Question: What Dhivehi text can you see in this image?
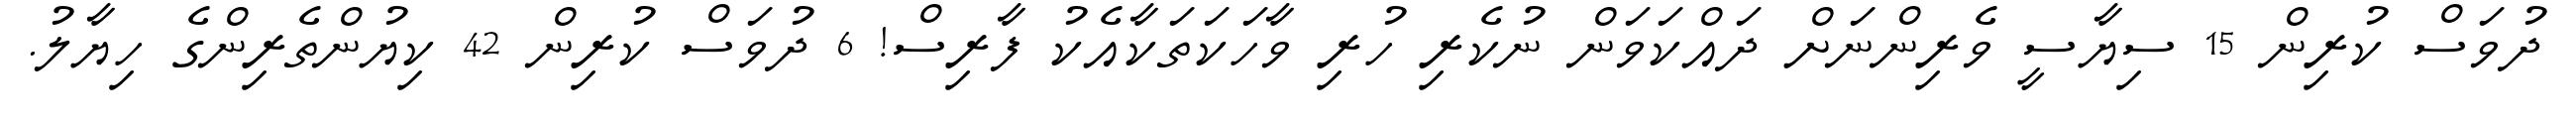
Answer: ދުވަސް ކުރިން 15 ސިޔާސީ ވެރިންނަށް ދައްކަވަން ނުކެރި ހުރި ވާހަކަތަކާއެކު ފާރިސް! 6 ދުވަސް ކުރިން 42 ކިޔުންތެރިންގެ ހިޔާލު.